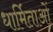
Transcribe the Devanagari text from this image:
धार्मिताओं